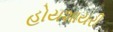
હોયશાયરી